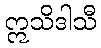
ဣသိဒါသီ